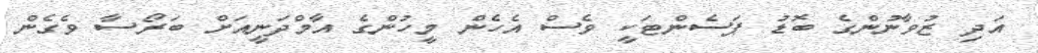
އަދި ޒުވާނުންގެ ބޮޑު ޕަސެންޓަކީ ވެސް އެހެން މީހުންގެ އާމްދަނީއަށް ބަރޯސާ ވެގެން